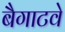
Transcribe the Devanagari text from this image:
बैगाटवे